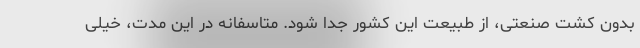
بدون کشت صنعتی، از طبیعت این کشور جدا شود. متاسفانه در این مدت، خیلی